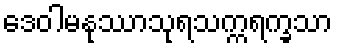
ဒေဝါမနုဿာသုရသက္ကရက္ခသာ